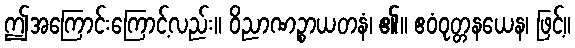
ဤအကြောင်းကြောင့်လည်း။ ဝိညာဏဉ္စာယတနံ၊ ၏။ ဧဝံဝုတ္တနယေန၊ ဖြင့်။